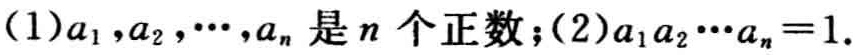
(1)$a_{1},a_{2},\cdots,a_{n}$是$n$个正数；(2)$a_{1}a_{2}\cdots a_{n}=1$.